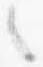
之